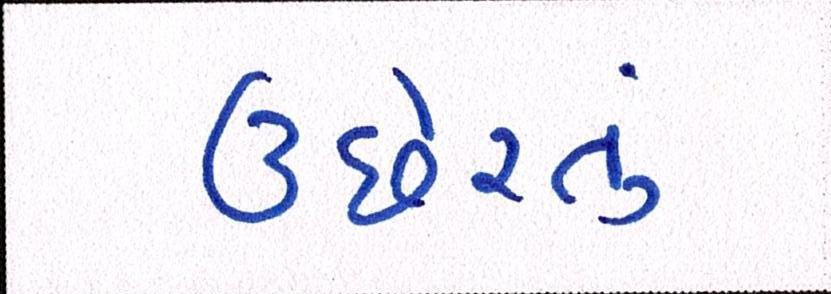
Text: ઉછેરતું